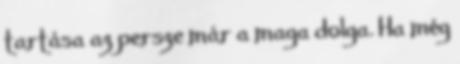
tartása az persze már a maga dolga. Ha még